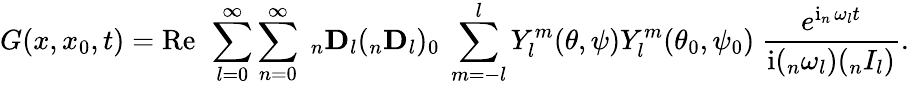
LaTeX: G(x,x_{0},t)=\operatorname{Re}\ \sum_{l=0}^{\infty}\sum_{n=0}^{\infty}\ _{n}\mathbf{D}_{l}(_{n}\mathbf{D}_{l})_{0}\ \sum_{m=-l}^{l}Y_{l}^{m}(\theta,\psi)Y_{l}^{m}(\theta_{0},\psi_{0})\ \frac{e^{\operatorname{i}_{n}\omega_{l}t}}{\operatorname{i}(_{n}\omega_{l})(_{n}I_{l})}.